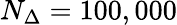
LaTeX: N_{\Delta}=100,000